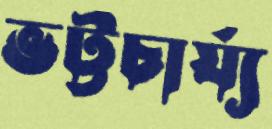
ভট্টচার্য্য